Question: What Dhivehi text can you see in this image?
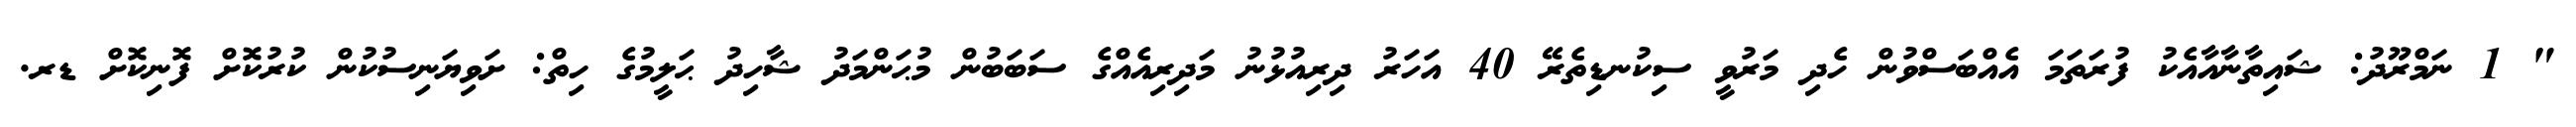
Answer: " 1 ނަމްރޫދު: ޝައިތާނާއާއެކު ފުރަތަމަ އެއްބަސްވުން ހެދި މަރުވީ ސިކުނޑިތެރޭ 40 އަހަރު ދިރިއުޅުނު މަދިރިއެއްގެ ސަބަބުން މުޙަންމަދު ޝާހިދު ޙަލީމުގެ ހިތް: ށަވިޔަނިސުކުން ކުރުކޮށް ފޮނިކޮށް ޑރ.